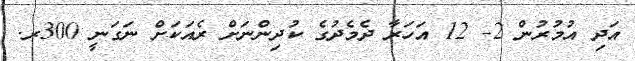
އަދި އުމުރުން 2- 12 އަހަރާ ދެމެދުގެ ކުދިންނަށް ރެއަކަށް ނަގަނީ 300ރ.